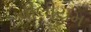
વીલીયમ